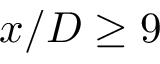
x / D \ge 9